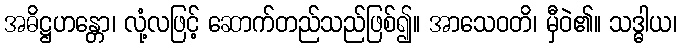
အဓိဋ္ဌဟန္တော၊ လုံ့လဖြင့် ဆောက်တည်သည်ဖြစ်၍။ အာသေဝတိ၊ မှီဝဲ၏။ သဒ္ဓါယ၊